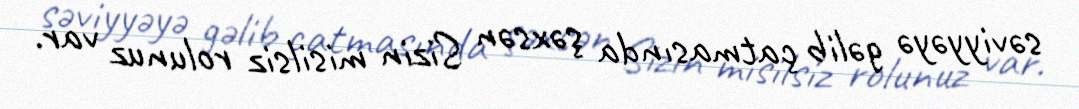
səviyyəyə gəlib çatmasında şəxsən Sizin misilsiz rolunuz var.